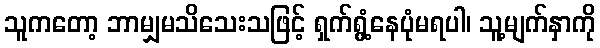
သူကတော့ ဘာမျှမသိသေးသဖြင့် ရှက်ရွံ့နေပုံမရပါ၊ သူ့မျက်နှာကို